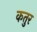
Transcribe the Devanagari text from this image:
कतुर